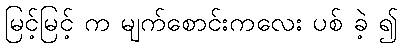
မြင့်မြင့် က မျက်စောင်းကလေး ပစ် ခဲ့ ၍